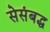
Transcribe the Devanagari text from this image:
सेसंबद्ध